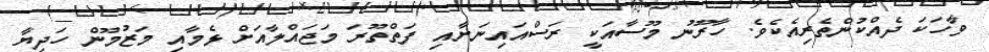
ވާހަކަ ދެއްކުންތެރިއެކެވެ. ހާރޫނު މޫސާއަކީ ރަސްއައިނަށާއި ފަތްތޫރަ މަޖައްލާއަށް ޅެމާއި މަޒުމޫން ހަދިޔާ